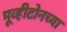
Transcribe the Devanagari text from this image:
मूव्हीटोनच्या